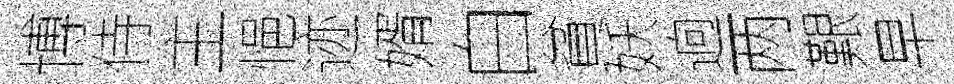
博侍主悒迹婿白貧妖逈两艱早